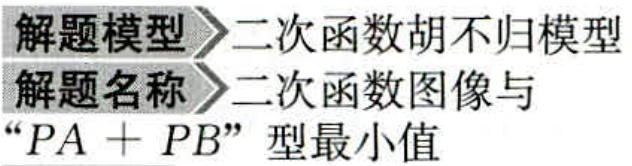
解题模型 二次函数胡不归模型
解题名称 二次函数图像与
“$PA + PB$”型最小值